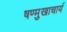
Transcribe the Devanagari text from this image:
षण्मुखाचार्य